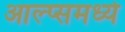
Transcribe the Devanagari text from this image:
आल्प्समध्ये